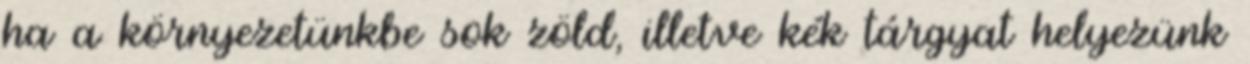
ha a környezetünkbe sok zöld, illetve kék tárgyat helyezünk